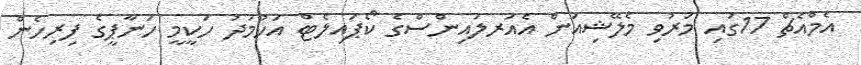
އެމްއެޗް 17ގައި މަރުވި މެލޭޝިއަން އެއަރލައިންސްގެ ކޯޕައިލެޓް އަހުމަދު ހަކީމީ ހަނާޕީގެ ފިރިހެން